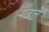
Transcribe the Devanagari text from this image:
राबले